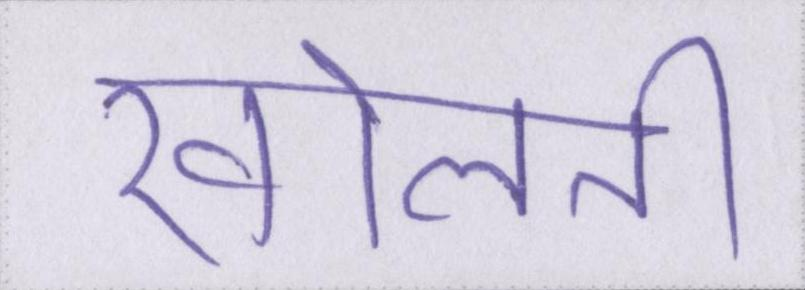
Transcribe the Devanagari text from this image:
खोलती